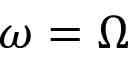
\omega = \Omega